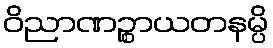
ဝိညာဏဉ္စာယတနမ္ပိ